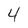
Character: 4